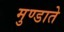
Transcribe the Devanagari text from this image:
मुण्डाते